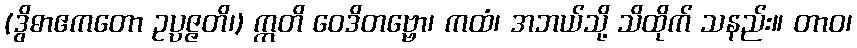
(ဒွိဓာဧကတော ဥပ္ပဇ္ဇတိ၊) ဣတိ ဝေဒိတဗ္ဗော၊ ကထံ၊ အဘယ်သို့ သိထိုက် သနည်း။ တာဝ၊